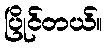
ပြိုင်တယ်။